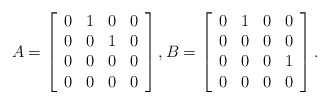
\begin{align*}A = \left[\begin{array}{cccc} 0 & 1 & 0 & 0 \\ 0 & 0 & 1 & 0 \\ 0 & 0 & 0 & 0 \\ 0 & 0 & 0 & 0 \\\end{array}\right], B = \left[\begin{array}{cccc} 0 & 1 & 0 & 0 \\ 0 & 0 & 0 & 0 \\ 0 & 0 & 0 & 1 \\ 0 & 0 & 0 & 0 \\\end{array}\right].\end{align*}